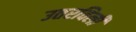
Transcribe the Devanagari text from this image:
उतरविली